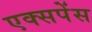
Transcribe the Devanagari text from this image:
एक्सपेंस